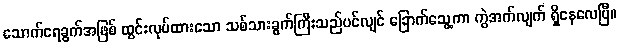
သောက်ရေခွက်အဖြစ် ထွင်းလုပ်ထားသော သစ်သားခွက်ကြီးသည်ပင်လျင် ခြောက်သွေ့ကာ ကွဲအက်လျက် ရှိနေလေပြီ။